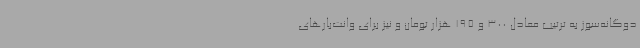
دوگانه‌سوز به ترتیب معادل 300 و 195 هزار تومان و نیز برای وانت‌بارهای